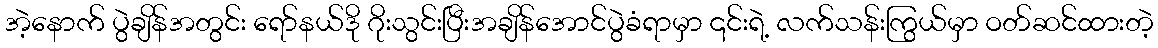
အဲ့နောက် ပွဲချိန်အတွင်း ရော်နယ်ဒို ဂိုးသွင်းပြီးအချိန်အောင်ပွဲခံရာမှာ ၎င်းရဲ့ လက်သန်းကြွယ်မှာ ဝတ်ဆင်ထားတဲ့